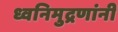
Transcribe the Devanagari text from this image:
ध्वनिमुद्रणांनी